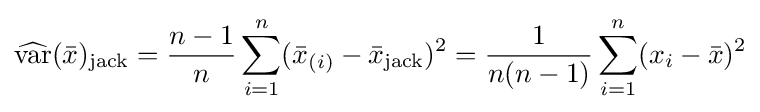
{\widehat {\operatorname {var} }}({\bar {x}})_{\mathrm {jack} }={\frac {n-1}{n}}\sum _{i=1}^{n}({\bar {x}}_{(i)}-{\bar {x}}_{\mathrm {jack} })^{2}={\frac {1}{n(n-1)}}\sum _{i=1}^{n}(x_{i}-{\bar {x}})^{2}